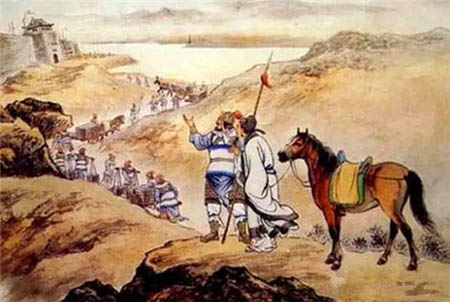
汉家旌帜满阴山，不遣胡儿匹马还。